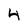
Character: 4